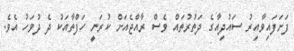
ފަށަފައިވާއިރު ސައުދިއާގެ ދަތުރުތައް ވެސް ރާއްޖެއަށް ކުރަނީ ހަފްތާއަކު ދެ ދުވަހު އެވެ.